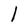
Character: l